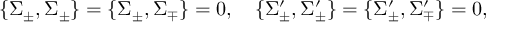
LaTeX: \{ \Sigma _ { \pm } , \Sigma _ { \pm } \} = \{ \Sigma _ { \pm } , \Sigma _ { \mp } \} = 0 , \quad \{ \Sigma _ { \pm } ^ { \prime } , \Sigma _ { \pm } ^ { \prime } \} = \{ \Sigma _ { \pm } ^ { \prime } , \Sigma _ { \mp } ^ { \prime } \} = 0 ,